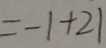
= - 1 + 2 1